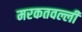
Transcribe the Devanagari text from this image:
मरकतवल्ली